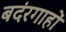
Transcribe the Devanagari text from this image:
बदंरगाहों